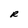
Character: R